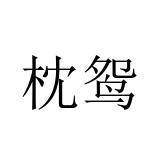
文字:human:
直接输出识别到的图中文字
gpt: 枕鸳